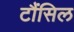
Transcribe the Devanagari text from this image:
टौंसिल